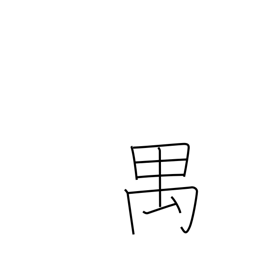
Meaning: long-tailed monkey